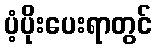
ပံ့ပိုးပေးရာတွင်